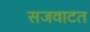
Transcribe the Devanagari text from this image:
सजवाटत